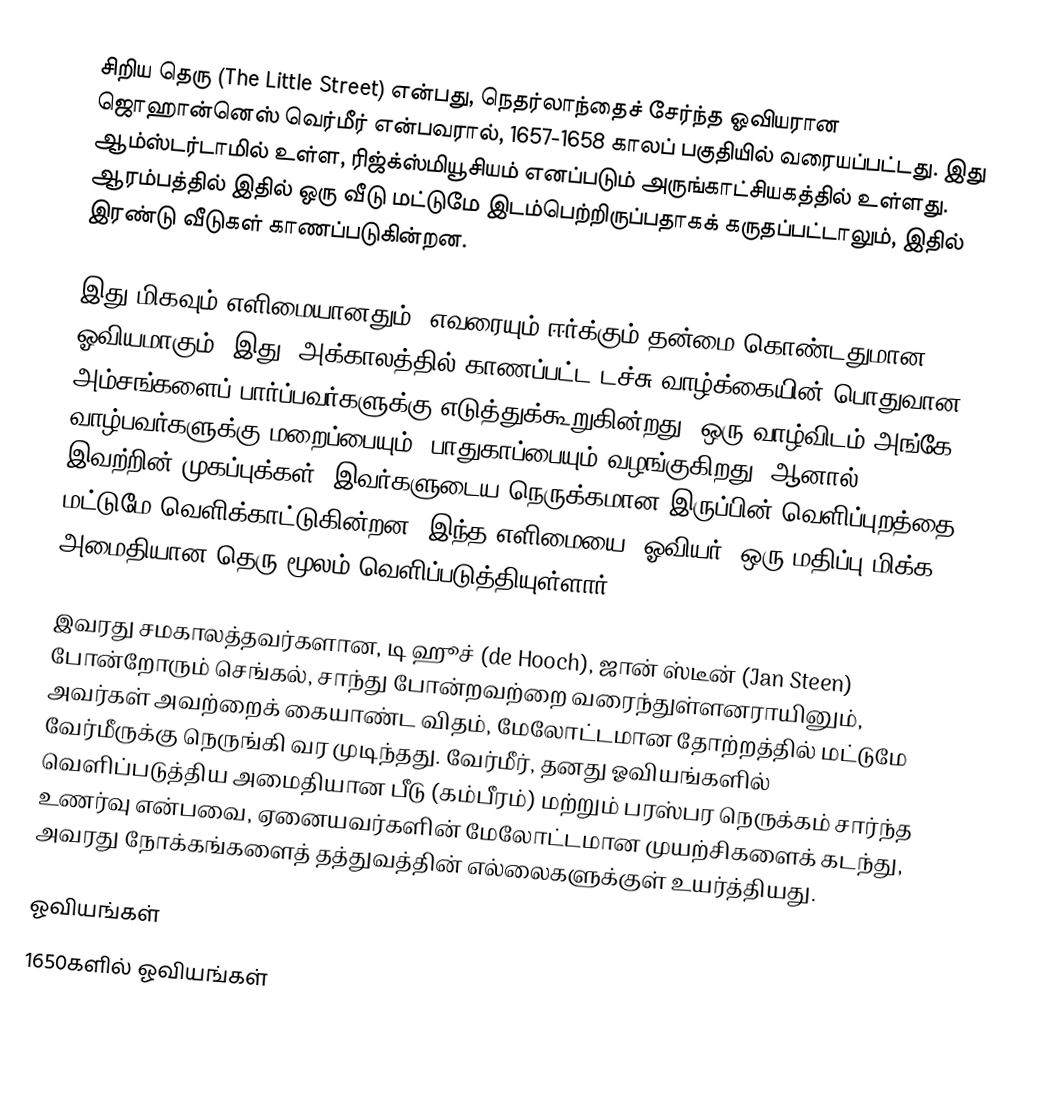
சிறிய தெரு (The Little Street) என்பது, நெதர்லாந்தைச் சேர்ந்த ஓவியரான ஜொஹான்னெஸ் வெர்மீர் என்பவரால், 1657-1658 காலப் பகுதியில் வரையப்பட்டது. இது ஆம்ஸ்டர்டாமில் உள்ள, ரிஜ்க்ஸ்மியூசியம் எனப்படும் அருங்காட்சியகத்தில் உள்ளது. ஆரம்பத்தில் இதில் ஒரு வீடு மட்டுமே இடம்பெற்றிருப்பதாகக் கருதப்பட்டாலும், இதில் இரண்டு வீடுகள் காணப்படுகின்றன.

இது மிகவும் எளிமையானதும், எவரையும் ஈர்க்கும் தன்மை கொண்டதுமான ஓவியமாகும். இது, அக்காலத்தில் காணப்பட்ட டச்சு வாழ்க்கையின் பொதுவான அம்சங்களைப் பார்ப்பவர்களுக்கு எடுத்துக்கூறுகின்றது. ஒரு வாழ்விடம் அங்கே வாழ்பவர்களுக்கு மறைப்பையும், பாதுகாப்பையும் வழங்குகிறது. ஆனால் இவற்றின் முகப்புக்கள், இவர்களுடைய நெருக்கமான இருப்பின் வெளிப்புறத்தை மட்டுமே வெளிக்காட்டுகின்றன. இந்த எளிமையை, ஓவியர், ஒரு மதிப்பு மிக்க, அமைதியான தெரு மூலம் வெளிப்படுத்தியுள்ளார்.

இவரது சமகாலத்தவர்களான, டி ஹூச் (de Hooch), ஜான் ஸ்டீன் (Jan Steen) போன்றோரும் செங்கல், சாந்து போன்றவற்றை வரைந்துள்ளனராயினும், அவர்கள் அவற்றைக் கையாண்ட விதம், மேலோட்டமான தோற்றத்தில் மட்டுமே வேர்மீருக்கு நெருங்கி வர முடிந்தது. வேர்மீர், தனது ஓவியங்களில் வெளிப்படுத்திய அமைதியான பீடு (கம்பீரம்) மற்றும் பரஸ்பர நெருக்கம் சார்ந்த உணர்வு என்பவை, ஏனையவர்களின் மேலோட்டமான முயற்சிகளைக் கடந்து, அவரது நோக்கங்களைத் தத்துவத்தின் எல்லைகளுக்குள் உயர்த்தியது.

ஓவியங்கள்
1650களில் ஓவியங்கள்